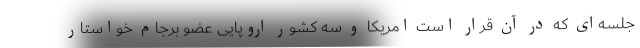
جلسه‌ای که در آن قرار است امریکا و سه کشور اروپایی عضو برجام خواستار